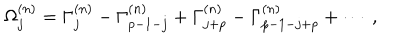
LaTeX: \Omega _ { j } ^ { ( n ) } = \Gamma _ { j } ^ { ( n ) } - \Gamma _ { p - 1 - j } ^ { ( n ) } + \Gamma _ { j + p } ^ { ( n ) } - \Gamma _ { p - 1 - j + p } ^ { ( n ) } + \cdots ~ ,